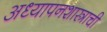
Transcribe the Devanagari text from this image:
अध्यापनशास्त्राची